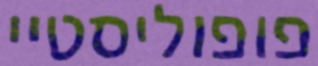
פופוליסטיי